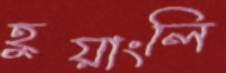
হুয়াংলি